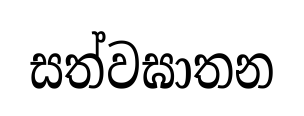
සත්වඝාතන